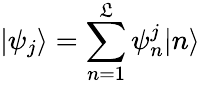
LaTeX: |\psi_{j}\rangle=\sum_{n=1}^{\mathfrak{L}}\psi_{n}^{j}|n\rangle